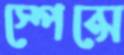
স্পেন্সে